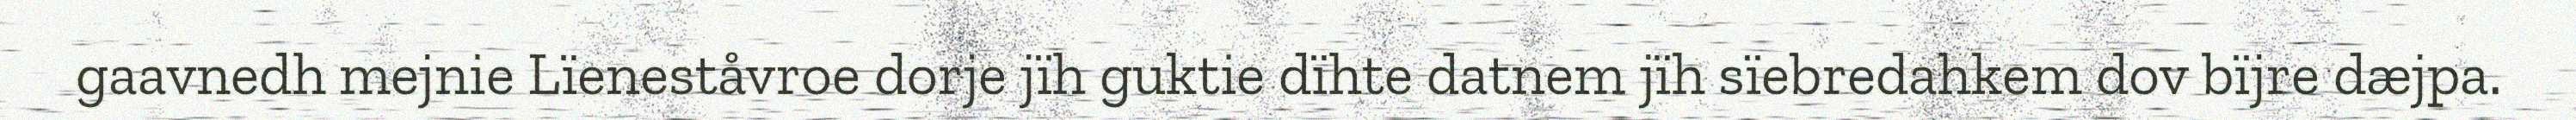
gaavnedh mejnie Lïeneståvroe dorje jïh guktie dïhte datnem jïh sïebredahkem dov bïjre dæjpa.